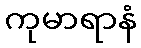
ကုမာရာနံ